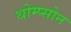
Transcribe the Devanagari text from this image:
थोम्प्सोन